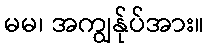
မမ၊ အကျွန်ုပ်အား။